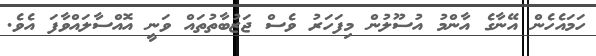
ހަމައެހެން އޭނާގެ އާންމު އުސޫލުން މިފަހަރު ވެސް ޖަޒުބާތުތައް ވަނީ އޮއްސާލައްވާފަ އެވެ.